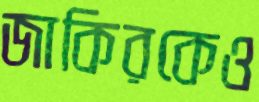
জাকিরকেও